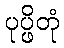
ပုပ္ဖိတုံ